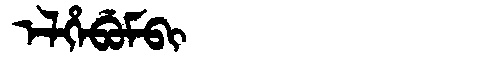
Manchu: ᡝᠯᡥᡝᠪᡠᠮᠪᡳ
Romanization: ELHEBUMBI